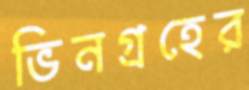
ভিনগ্রহের